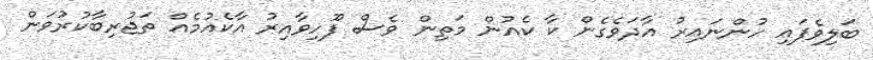
ބަލިވެފައި ހުންނައިރު އާދަވެގެން ކާ ކެއުން މަތިން ވެސް ފޫހިވާއިރު އާކެއުމެއް ތަޖުރިބާކުރުވަން